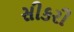
સીકરી